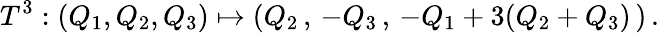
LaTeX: T^{3}:(Q_{1},Q_{2},Q_{3})\mapsto(Q_{2}\, ,\, -Q_{3}\, ,\, -Q_{1}+3(Q_{2}+Q_{3})\, )\, .